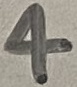
Text: 4